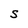
Character: S